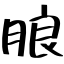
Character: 朖